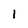
Character: 1